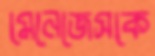
মেনেজেসকে